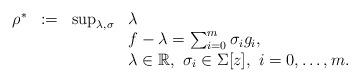
LaTeX: \begin{align*}\begin{array}{rcll}\rho^* &:= & \sup_{\lambda,\sigma} & \lambda \\ & & & f-\lambda = \sum_{i=0}^m \sigma_i g_i, \\ & & & \lambda \in \mathbb{R},~ \sigma_i \in \Sigma[z] ,~ i=0, \hdots, m.\end{array}\end{align*}